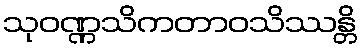
သုဝဏ္ဏသိကတာဝသိဿန္တိ